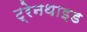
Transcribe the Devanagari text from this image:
ट्रेनथाइड